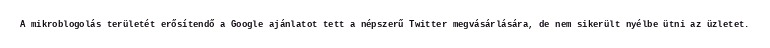
A mikroblogolás területét erősítendő a Google ajánlatot tett a népszerű Twitter megvásárlására, de nem sikerült nyélbe ütni az üzletet.